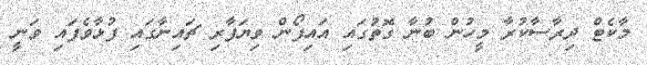
މާކެޓް ދިރާސާކުރާ މީހުން ބުނާ ގޮތުގައި އައިފޯން ވިޔަފާރި ޗައިނާގައި ފުޅާވެފައި ވަނީ